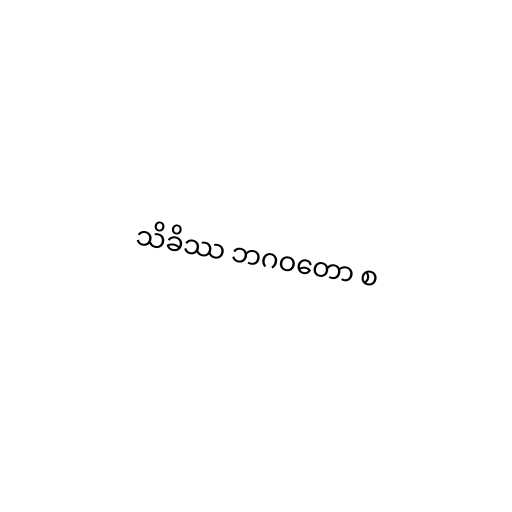
သိခိဿ ဘဂဝတော စ